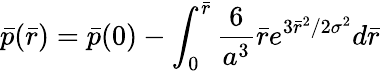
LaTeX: \bar{p}(\bar{r})=\bar{p}(0)-\int_{0}^{\bar{r}}\frac{6}{a^{3}}\bar{r}e^{3\bar{r}^{2}/2{\sigma}^{2}}d\bar{r}